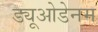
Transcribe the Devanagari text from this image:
ड्यूओडेनम